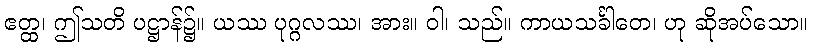
ဧတ္ထ၊ ဤသတိ ပဋ္ဌာန်၌။ ယဿ ပုဂ္ဂလဿ၊ အား။ ဝါ၊ သည်။ ကာယသင်္ခါတေ၊ ဟု ဆိုအပ်သော။